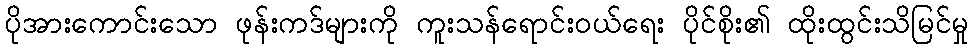
ပိုအားကောင်းသော ဖုန်းကဒ်များကို ကူးသန်ရောင်းဝယ်ရေး ပိုင်စိုး၏ ထိုးထွင်းသိမြင်မှု